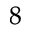
^ 8